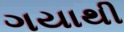
ગયાથી